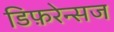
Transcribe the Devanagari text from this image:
डिफ़रेन्सज